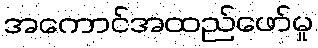
အကောင်အထည်ဖော်မှု